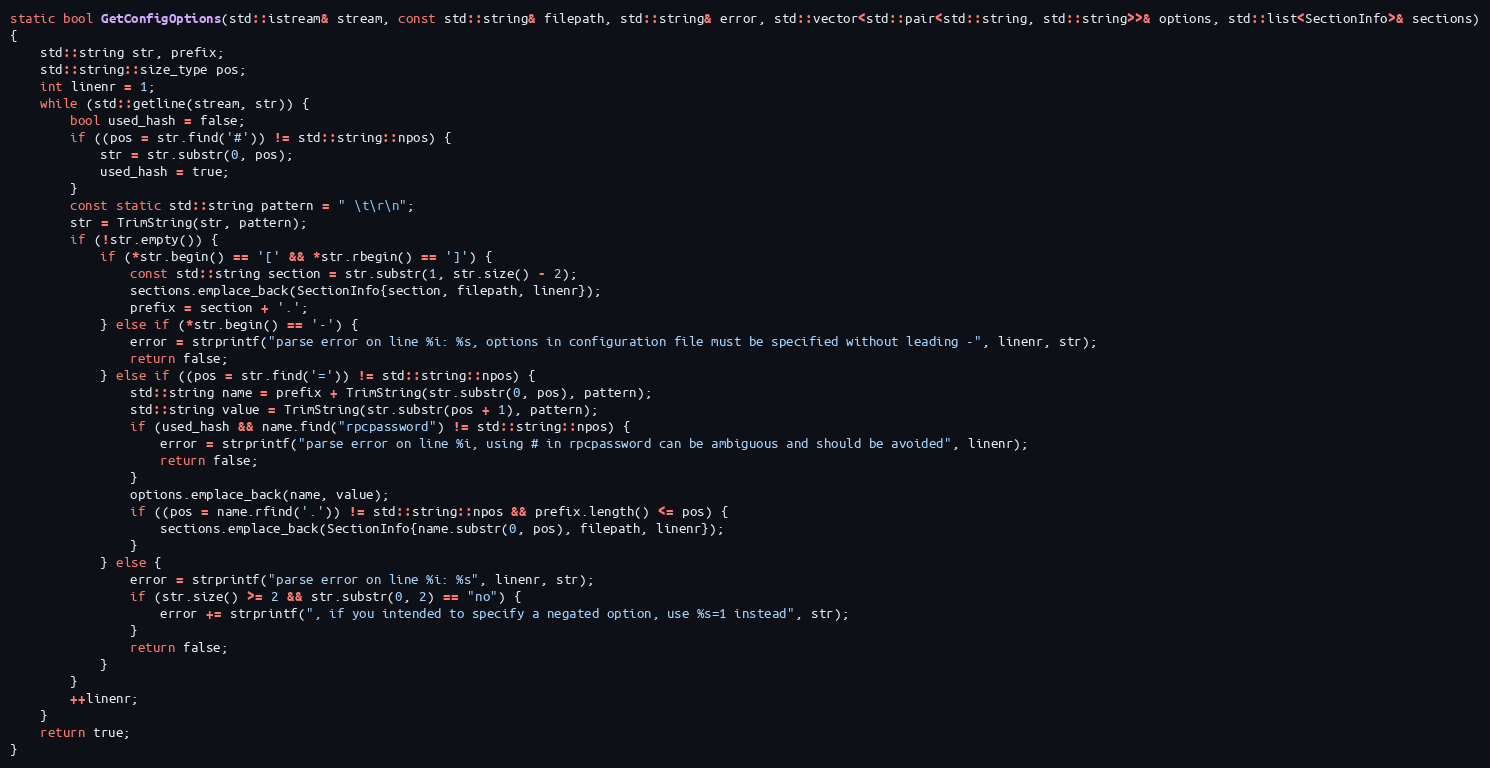
Language: C++
static bool GetConfigOptions(std::istream& stream, const std::string& filepath, std::string& error, std::vector<std::pair<std::string, std::string>>& options, std::list<SectionInfo>& sections)
{
    std::string str, prefix;
    std::string::size_type pos;
    int linenr = 1;
    while (std::getline(stream, str)) {
        bool used_hash = false;
        if ((pos = str.find('#')) != std::string::npos) {
            str = str.substr(0, pos);
            used_hash = true;
        }
        const static std::string pattern = " \t\r\n";
        str = TrimString(str, pattern);
        if (!str.empty()) {
            if (*str.begin() == '[' && *str.rbegin() == ']') {
                const std::string section = str.substr(1, str.size() - 2);
                sections.emplace_back(SectionInfo{section, filepath, linenr});
                prefix = section + '.';
            } else if (*str.begin() == '-') {
                error = strprintf("parse error on line %i: %s, options in configuration file must be specified without leading -", linenr, str);
                return false;
            } else if ((pos = str.find('=')) != std::string::npos) {
                std::string name = prefix + TrimString(str.substr(0, pos), pattern);
                std::string value = TrimString(str.substr(pos + 1), pattern);
                if (used_hash && name.find("rpcpassword") != std::string::npos) {
                    error = strprintf("parse error on line %i, using # in rpcpassword can be ambiguous and should be avoided", linenr);
                    return false;
                }
                options.emplace_back(name, value);
                if ((pos = name.rfind('.')) != std::string::npos && prefix.length() <= pos) {
                    sections.emplace_back(SectionInfo{name.substr(0, pos), filepath, linenr});
                }
            } else {
                error = strprintf("parse error on line %i: %s", linenr, str);
                if (str.size() >= 2 && str.substr(0, 2) == "no") {
                    error += strprintf(", if you intended to specify a negated option, use %s=1 instead", str);
                }
                return false;
            }
        }
        ++linenr;
    }
    return true;
}